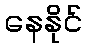
နေနိုင်